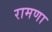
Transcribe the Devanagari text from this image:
रामणा